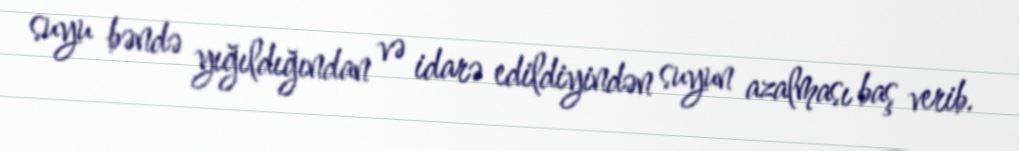
suyu bəndə yığıldığından və idarə edildiyindən suyun azalması baş verib.